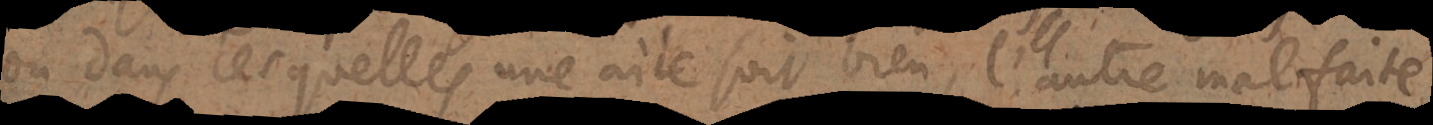
ou dans lesquelles une aile soit bien, l’autre malfaite,